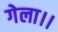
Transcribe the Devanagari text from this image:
गेला।।